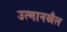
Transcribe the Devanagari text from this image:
उत्मानखैल